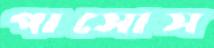
পাসোস